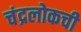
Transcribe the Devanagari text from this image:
चंद्रलोकची